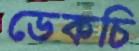
ডেকচি